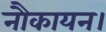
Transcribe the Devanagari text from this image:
नौकायन।